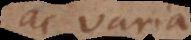
ac varia